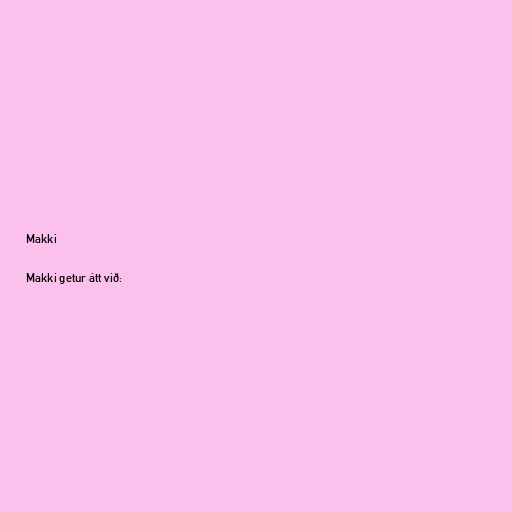
Makki

Makki getur átt við: